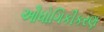
ઔધોગિકીકરણ